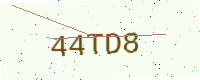
Text: 44TD8